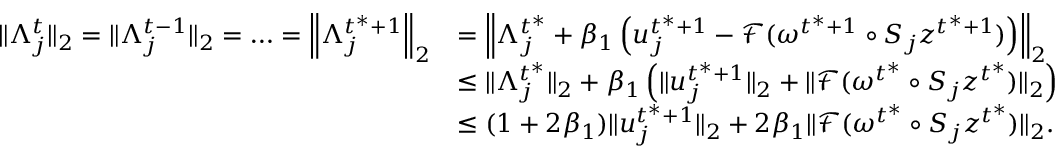
\begin{array} { r l } { \| \Lambda _ { j } ^ { t } \| _ { 2 } = \| \Lambda _ { j } ^ { t - 1 } \| _ { 2 } = \ldots = \left\| \Lambda _ { j } ^ { t ^ { * } + 1 } \right\| _ { 2 } } & { = \left\| \Lambda _ { j } ^ { t ^ { * } } + \beta _ { 1 } \left( u _ { j } ^ { t ^ { * } + 1 } - \mathcal { F } ( \omega ^ { t ^ { * } + 1 } \circ S _ { j } z ^ { t ^ { * } + 1 } ) \right) \right\| _ { 2 } } \\ & { \leq \| \Lambda _ { j } ^ { t ^ { * } } \| _ { 2 } + \beta _ { 1 } \left( \| u _ { j } ^ { t ^ { * } + 1 } \| _ { 2 } + \| \mathcal { F } ( \omega ^ { t ^ { * } } \circ S _ { j } z ^ { t ^ { * } } ) \| _ { 2 } \right) } \\ & { \leq ( 1 + 2 \beta _ { 1 } ) \| u _ { j } ^ { t ^ { * } + 1 } \| _ { 2 } + 2 \beta _ { 1 } \| \mathcal { F } ( \omega ^ { t ^ { * } } \circ S _ { j } z ^ { t ^ { * } } ) \| _ { 2 } . } \end{array}